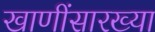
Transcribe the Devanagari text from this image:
खाणींसारख्या